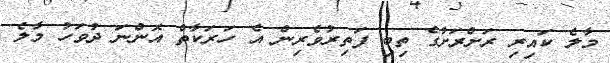
މާލެ ކައިރި ރަށްރަށުގެ ތިބި ފަތިރުވެރިން އެ ހަރަކާތް އޮންނަ ދުވަހު މާލެ